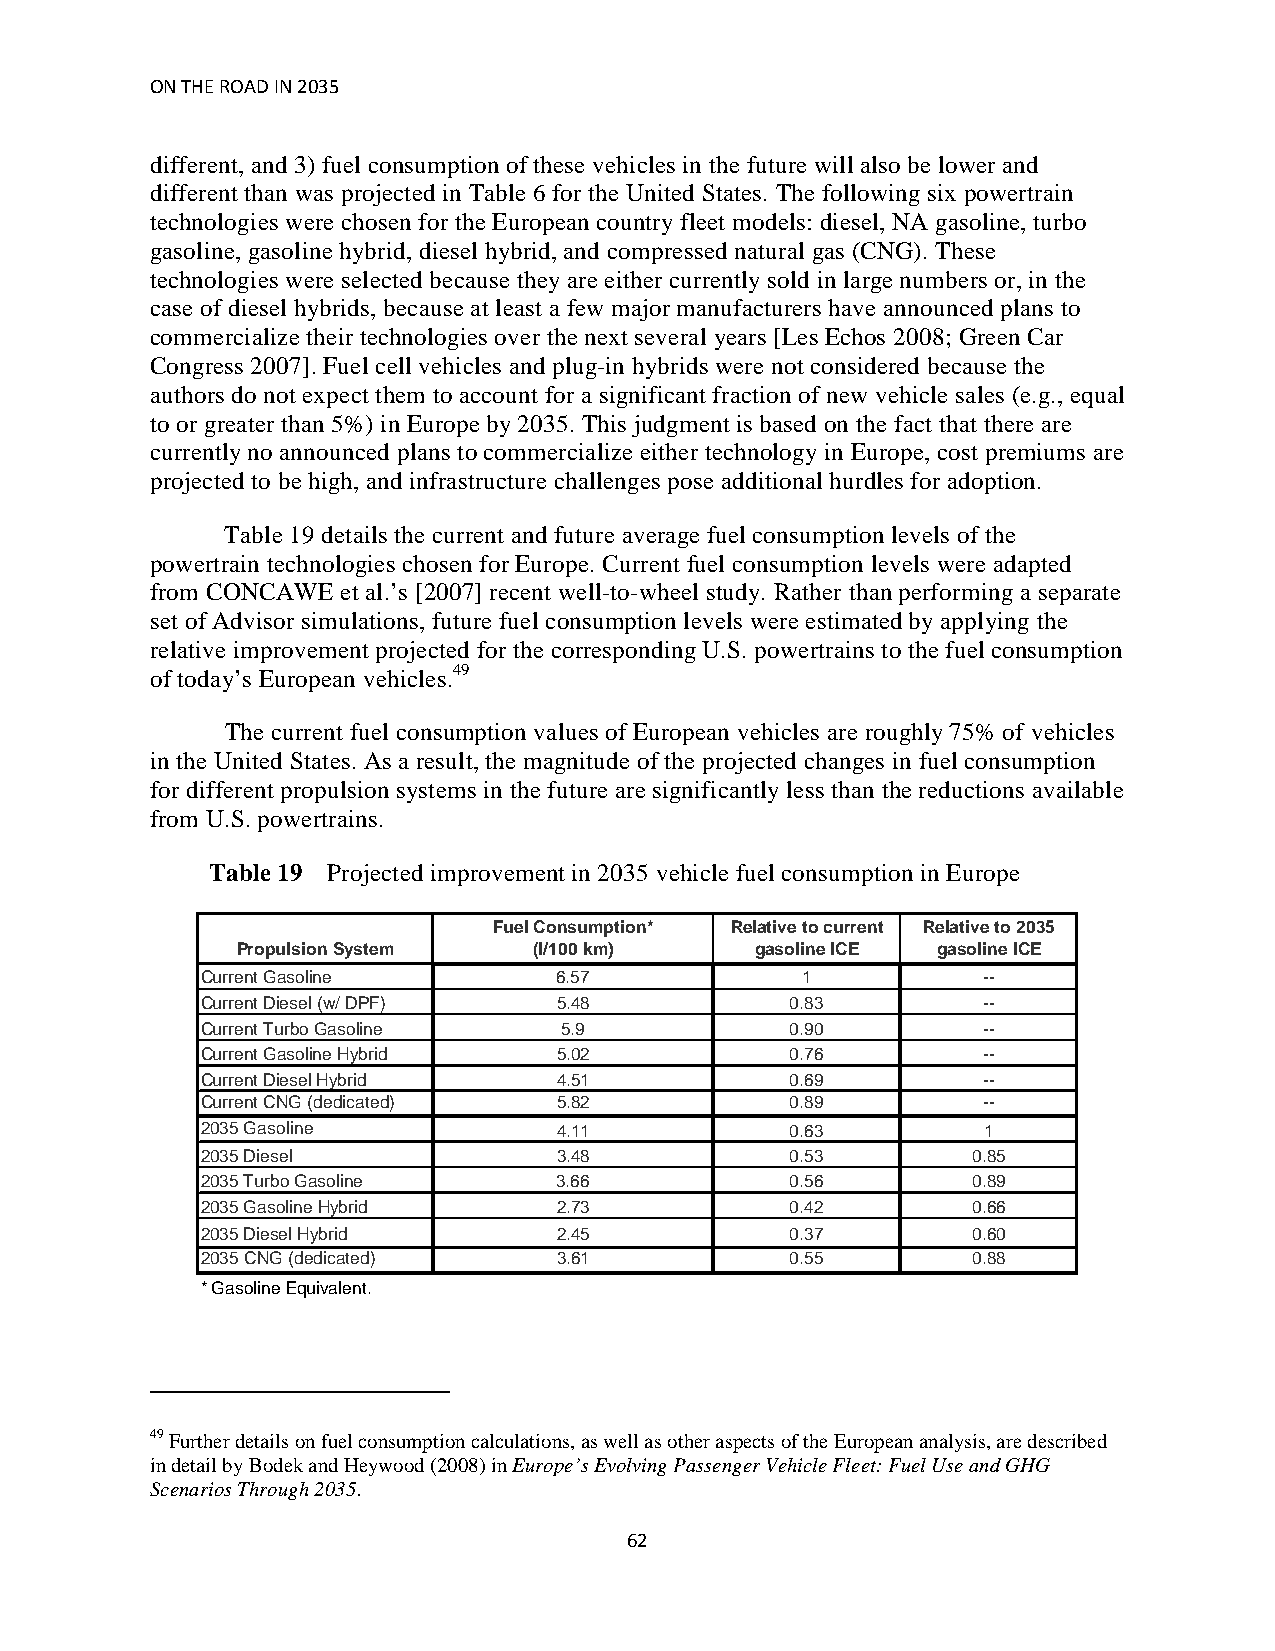
ON THE ROAD IN 2035
 different, and 3) fuel consumption of these vehicles in the future will also be lower and
 different than was projected in Table 6 for the United States. The following six powertrain
 technologies were chosen for the European country fleet models: diesel, NA gasoline, turbo
 gasoline, gasoline hybrid, diesel hybrid, and compressed natural gas (CNG). These
 technologies were selected because they are either currently sold in large numbers or, in the
 case of diesel hybrids, because at least a few major manufacturers have announced plans to
 commercialize their technologies over the next several years [Les Echos 2008; Green Car
 Congress 2007]. Fuel cell vehicles and plug-in hybrids were not considered because the
 authors do not expect them to account for a significant fraction of new vehicle sales (e.g., equal
 to or greater than 5%) in Europe by 2035. This judgment is based on the fact that there are
 currently no announced plans to commercialize either technology in Europe, cost premiums are
 projected to be high, and infrastructure challenges pose additional hurdles for adoption.
 Table 19 details the current and future average fuel consumption levels of the
 powertrain technologies chosen for Europe. Current fuel consumption levels were adapted
 from CONCAWE et al.’s [2007] recent well-to-wheel study. Rather than performing a separate
 set of Advisor simulations, future fuel consumption levels were estimated by applying the
 relative improvement projected for the corresponding U.S. powertrains to the fuel consumption
 of today’s European vehicles.49
 The current fuel consumption values of European vehicles are roughly 75% of vehicles
 in the United States. As a result, the magnitude of the projected changes in fuel consumption
 for different propulsion systems in the future are significantly less than the reductions available
 from U.S. powertrains.
 Table 19 Projected improvement in 2035 vehicle fuel consumption in Europe
 Fuel Consumption* Relative to current Relative to 2035
 Propulsion System  (l/100 km)     gasoline ICE gasoline ICE
 Current Gasoline        6.57            1           --
 Current Diesel (w/ DPF) 5.48           0.83         --
 Current Turbo Gasoline  5.9            0.90         --
 Current Gasoline Hybrid 5.02           0.76         --
 Current Diesel Hybrid   4.51           0.69         --
 Current CNG (dedicated) 5.82           0.89         --
 2035 Gasoline           4.11           0.63         1
 2035 Diesel             3.48           0.53        0.85
 2035 Turbo Gasoline     3.66           0.56        0.89
 2035 Gasoline Hybrid    2.73           0.42        0.66
 2035 Diesel Hybrid      2.45           0.37        0.60
 2035 CNG (dedicated)    3.61           0.55        0.88
 * Gasoline Equivalent.
 49 Further details on fuel consumption calculations, as well as other aspects of the European analysis, are described
 in detail by Bodek and Heywood (2008) in Europe’s Evolving Passenger Vehicle Fleet: Fuel Use and GHG
 Scenarios Through 2035.
 62